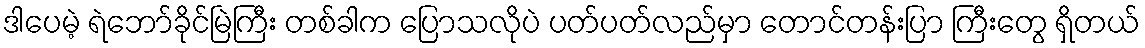
ဒါပေမဲ့ ရဲဘော်ခိုင်မြဲကြီး တစ်ခါက ပြောသလိုပဲ ပတ်ပတ်လည်မှာ တောင်တန်းပြာ ကြီးတွေ ရှိတယ်